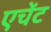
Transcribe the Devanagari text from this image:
एचेंट